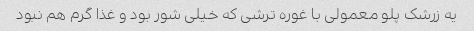
یه زرشک پلو معمولی با غوره ترشی که خیلی شور بود و غذا گرم هم نبود